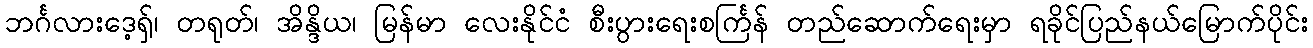
ဘင်္ဂလားဒေ့ရှ်၊ တရုတ်၊ အိန္ဒိယ၊ မြန်မာ လေးနိုင်ငံ စီးပွားရေးစင်္ကြန် တည်ဆောက်ရေးမှာ ရခိုင်ပြည်နယ်မြောက်ပိုင်း